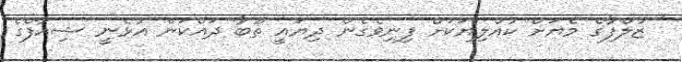
' ޒުލްފާގެ މެޔަށް ކުއްލިޔަކަށް ފިނިވެގެން ދިޔައީ ތޫބާ ދައްކަން އުޅެނީ ޝިއާފްގެ